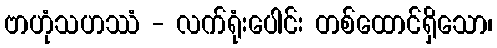
ဗာဟုံသဟဿံ - လက်ရုံးပေါင်း တစ်ထောင်ရှိသော၊